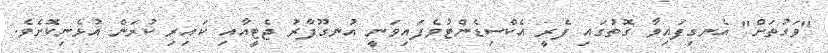
"ވަގުތަށް" އެނގިފައިވާ ގޮތުގައި ފެރީ އެކްސިޑެންޓުވެފައިވަނީ އުނގޫފާރު ޖެޓީއާއި ކައިރި ކުރަން އުޅެނިކޮށެވެ.